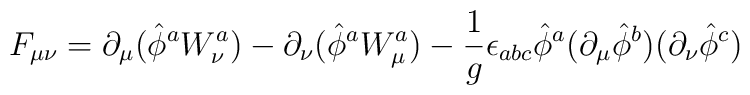
F_{\mu \nu} = \partial _{\mu} (\hat{ \phi} ^a W^a _{\nu}) -\partial _{\nu} (\hat{ \phi} ^a W^a _{\mu}) - {1 \over g}\epsilon _{abc} \hat{\phi } ^a ( \partial _{\mu} \hat{\phi } ^b )( \partial _{\nu} \hat{\phi } ^c )